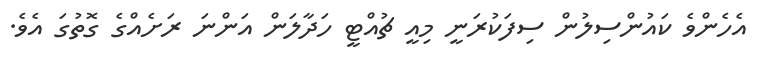
އެހެންވެ ކައުންސިލުން ސިފަކުރަނީ މިއީ ޗުއްޓީ ހަދާލަން އަންނަ ރަށެއްގެ ގޮތުގަ އެވެ.